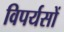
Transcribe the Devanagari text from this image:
विपर्यसों